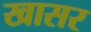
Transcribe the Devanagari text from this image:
खासर